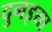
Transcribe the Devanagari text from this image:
दुनइया